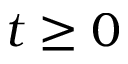
t \ge 0